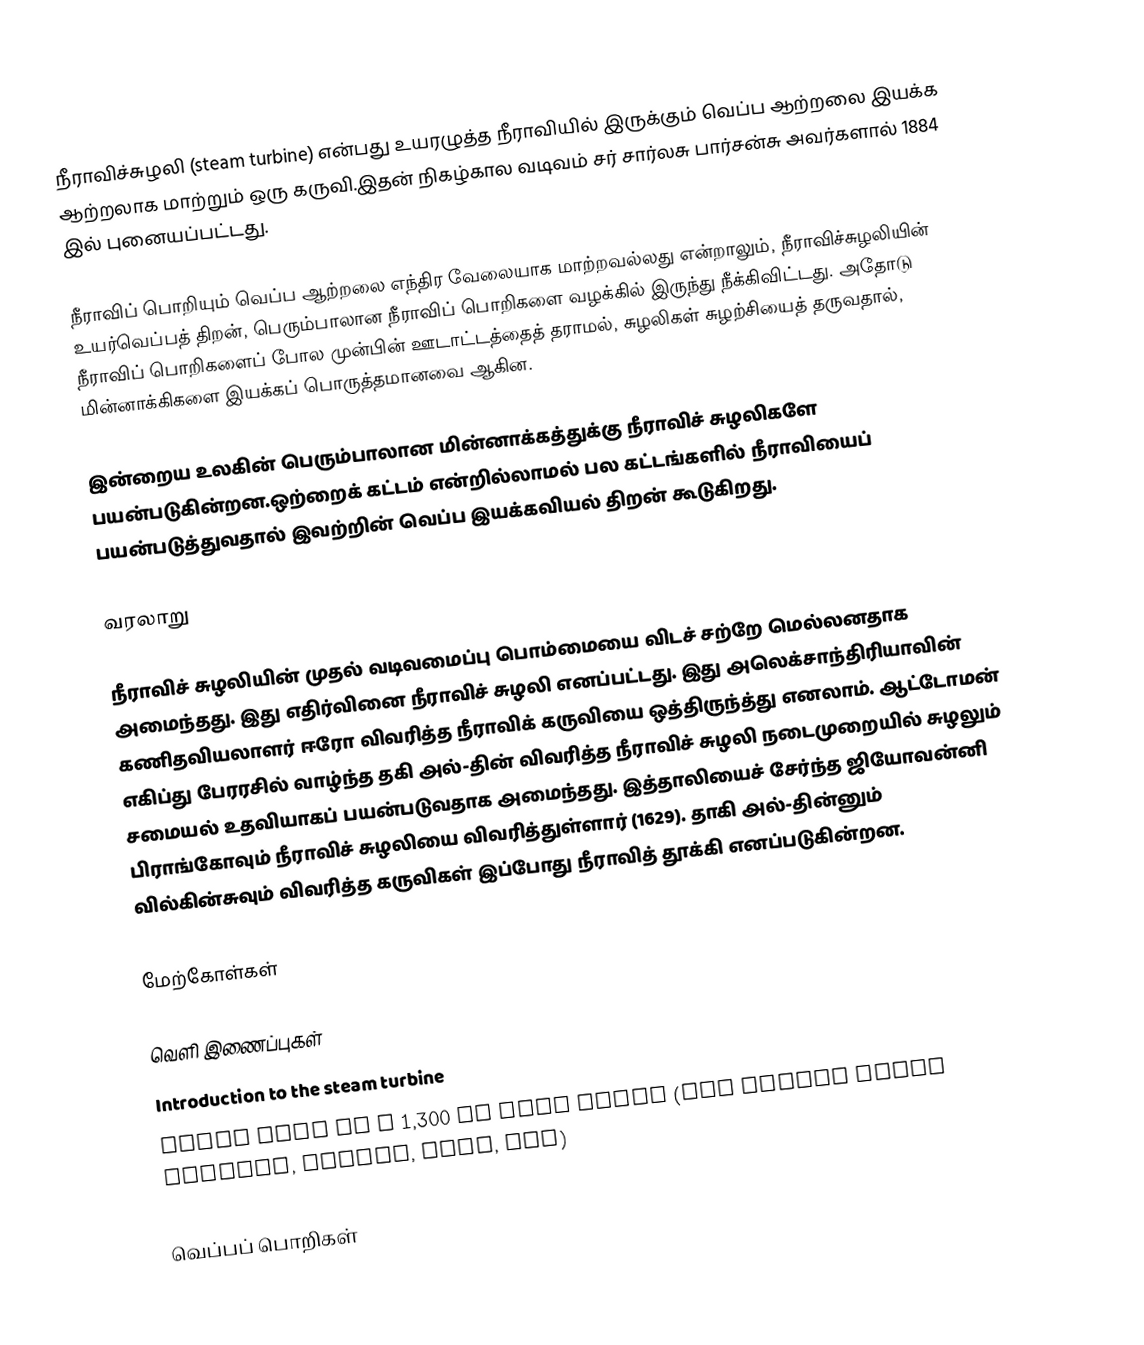
நீராவிச்சுழலி (steam turbine) என்பது உயரழுத்த நீராவியில் இருக்கும் வெப்ப ஆற்றலை இயக்க ஆற்றலாக மாற்றும் ஒரு கருவி.இதன் நிகழ்கால வடிவம்  சர் சார்லசு பார்சன்சு அவர்களால் 1884 இல் புனையப்பட்டது.

நீராவிப் பொறியும் வெப்ப ஆற்றலை எந்திர வேலையாக மாற்றவல்லது என்றாலும், நீராவிச்சுழலியின் உயர்வெப்பத் திறன், பெரும்பாலான நீராவிப் பொறிகளை வழக்கில் இருந்து  நீக்கிவிட்டது. அதோடு நீராவிப் பொறிகளைப் போல முன்பின்  ஊடாட்டத்தைத் தராமல், சுழலிகள் சுழற்சியைத் தருவதால், மின்னாக்கிகளை  இயக்கப் பொருத்தமானவை ஆகின.

இன்றைய உலகின் பெரும்பாலான மின்னாக்கத்துக்கு  நீராவிச் சுழலிகளே பயன்படுகின்றன.ஒற்றைக் கட்டம் என்றில்லாமல் பல கட்டங்களில் நீராவியைப் பயன்படுத்துவதால் இவற்றின் வெப்ப இயக்கவியல் திறன் கூடுகிறது.

வரலாறு

நீராவிச் சுழலியின் முதல் வடிவமைப்பு பொம்மையை விடச் சற்றே மெல்லனதாக அமைந்தது. இது எதிர்வினை நீராவிச் சுழலி எனப்பட்டது. இது அலெக்சாந்திரியாவின் கணிதவியலாளர் ஈரோ விவரித்த நீராவிக் கருவியை ஒத்திருந்த்து எனலாம்.  ஆட்டோமன் எகிப்து பேரரசில் வாழ்ந்த  தகி அல்-தின் விவரித்த நீராவிச் சுழலி நடைமுறையில் சுழலும் சமையல் உதவியாகப் பயன்படுவதாக அமைந்தது. இத்தாலியைச் சேர்ந்த ஜியோவன்னி பிராங்கோவும் நீராவிச் சுழலியை விவரித்துள்ளார் (1629). தாகி அல்-தின்னும் வில்கின்சுவும் விவரித்த கருவிகள் இப்போது நீராவித் தூக்கி எனப்படுகின்றன.

மேற்கோள்கள்

வெளி இணைப்புகள்
 Introduction to the steam turbine
 Photo tour of a 1,300 MW coal plant (The Zimmer Power Station, Moscow, Ohio, USA)

வெப்பப் பொறிகள்